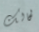
لحالك